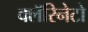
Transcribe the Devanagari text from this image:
क्लॅरिनेटो